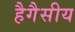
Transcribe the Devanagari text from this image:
हैगैसीय